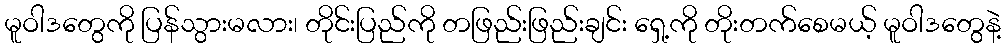
မူဝါဒတွေကို ပြန်သွားမလား၊ တိုင်းပြည်ကို တဖြည်းဖြည်းချင်း ရှေ့ကို တိုးတက်စေမယ့် မူဝါဒတွေနဲ့